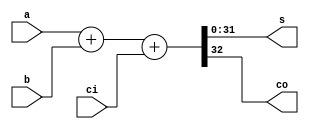
module adder_behavior(s,co,a,b,ci);
parameter width=32;
input [width-1:0]a,b;
input ci;
output reg [width-1:0]s;
output reg co;

always@(*)
	begin
	{co,s}<=a+b+ci;
	end

	
endmodule